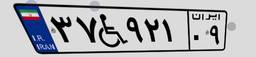
۳۷W۹۲۱۰۹